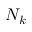
N _ { k }